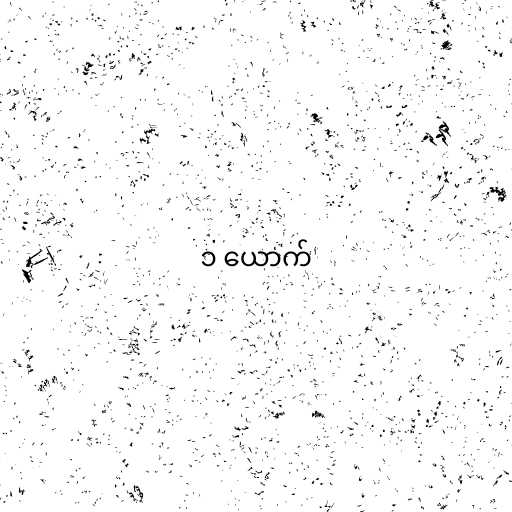
၁ ယောက်